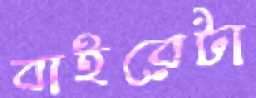
বাইরেটা